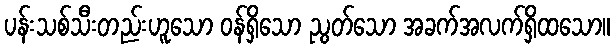
ပန်းသစ်သီးတည်းဟူသော ဝန်ရှိသော ညွတ်သော အခက်အလက်ရှိထသော။